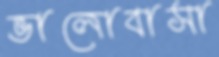
ভালোবাসা